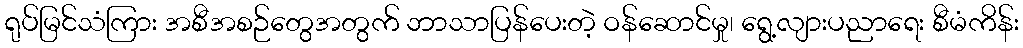
ရုပ်မြင်သံကြား အစီအစဉ်တွေအတွက် ဘာသာပြန်ပေးတဲ့ ဝန်ဆောင်မှု၊ ရွေ့လျားပညာရေး စီမံကိန်း